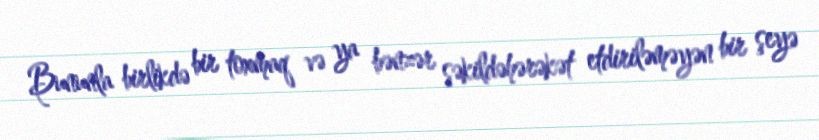
Bununla birlikdə bir toxmaq və ya bənzər şəkildəhərəkət etdiriləməyən bir şeyə